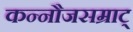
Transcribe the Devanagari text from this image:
कन्नौजसम्राट्